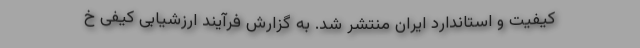
کیفیت و استاندارد ایران منتشر شد. به گزارش فرآیند ارزشیابی کیفی خ